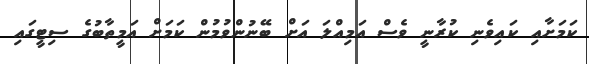
ކަމަށާއި ކައިވެނި ކުރާނީ ވެސް އަމިއްލަ އަށް ބޭނުންވުމުން ކަމަށް އަމީތާބުގެ ސިޓީގައި